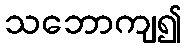
သဘောကျ၍